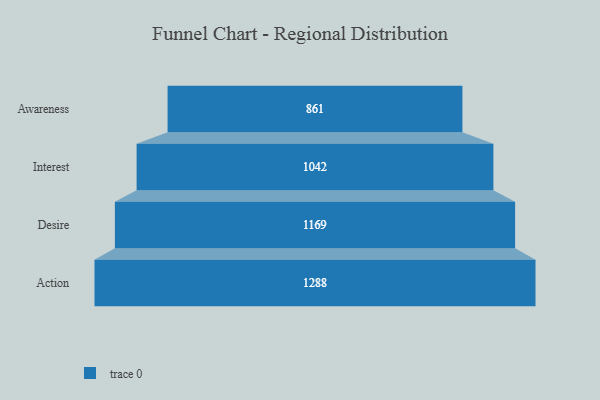
{"axis": {"x": "Stage", "y": "Value"}, "legend": [""], "data": [{"x": "Awareness", "y": 861.0, "type": ""}, {"x": "Interest", "y": 1042.0, "type": ""}, {"x": "Desire", "y": 1169.0, "type": ""}, {"x": "Action", "y": 1288.0, "type": ""}]}